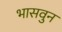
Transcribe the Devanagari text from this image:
भासवुन